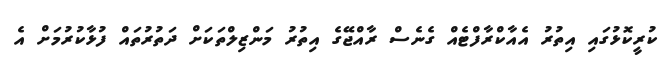
ކުރީކޮޅުގައި އިތުރު އެއާކްރާފްޓެއް ގެނެސް ރާއްޖޭގެ އިތުރު މަންޒިލްތަކަށް ދަތުރުތައް ފުޅާކުރުމަށް އެ